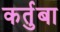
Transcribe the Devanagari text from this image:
कर्तुबा